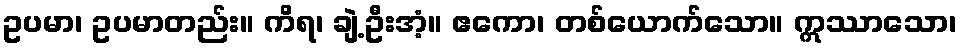
ဥပမာ၊ ဥပမာတည်း။ ကိရ၊ ချဲ့ဦးအံ့။ ဧကော၊ တစ်ယောက်သော။ ဣဿာသော၊